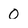
Character: 0